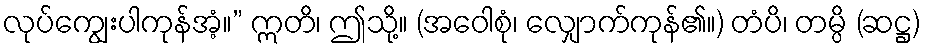
လုပ်ကျွေးပါကုန်အံ့။” ဣတိ၊ ဤသို့။ (အဝေါစုံ၊ လျှောက်ကုန်၏။) တံပိ၊ တမ္ပိ (ဆဋ္ဌ)